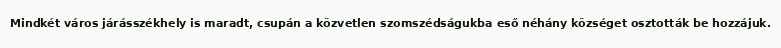
Mindkét város járásszékhely is maradt, csupán a közvetlen szomszédságukba eső néhány községet osztották be hozzájuk.